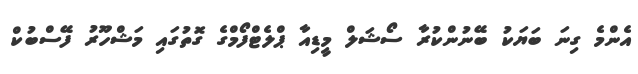
އެންމެ ގިނަ ބަޔަކު ބޭނުންކުރާ ސޯޝަލް މީޑިއާ ޕްލެޓްފޯމްގެ ގޮތުގައި މަޝްހޫރު ފޭސްބުކް